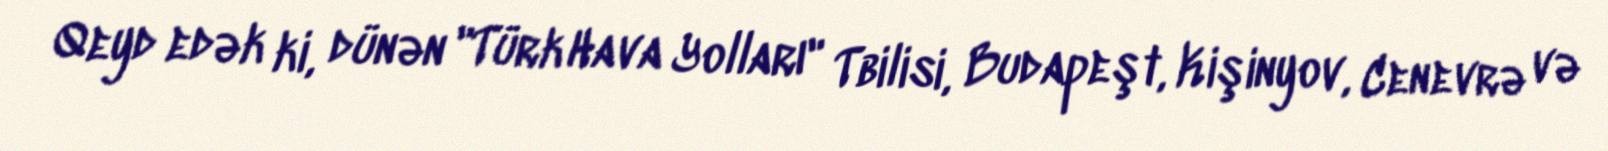
Qeyd edək ki, dünən "Türk Hava Yolları" Tbilisi, Budapeşt, Kişinyov, Cenevrə və